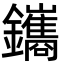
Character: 鑴